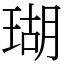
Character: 瑚